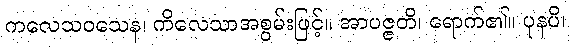
ကလေသဝသေန၊ ကိလေသာအစွမ်းဖြင့်။ အာပဇ္ဇတိ၊ ရောက်၏။ ပုနပိ၊